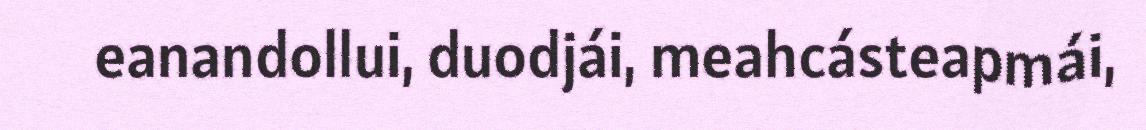
eanandollui, duodjái, meahcásteapmái,